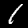
Label: 1